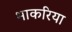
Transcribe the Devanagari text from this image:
भाकरिया